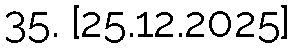
35. [25.12.2025]